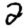
Digit: 2